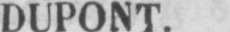
DUPONT.